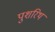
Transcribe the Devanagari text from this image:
पुशरिथ